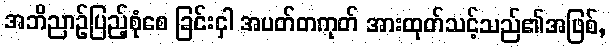
အဘိညာဉ်ပြည့်စုံစေ ခြင်းငှါ အပတ်တကုတ် အားထုတ်သင့်သည်၏အဖြစ်,